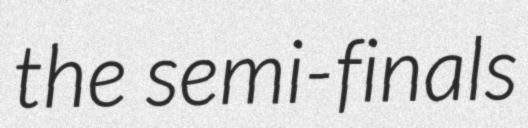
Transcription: the semi-finals